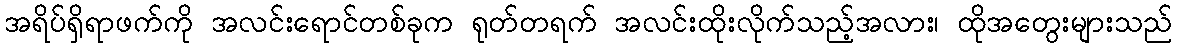
အရိပ်ရှိရာဖက်ကို အလင်းရောင်တစ်ခုက ရုတ်တရက် အလင်းထိုးလိုက်သည့်အလား၊ ထိုအတွေးများသည်